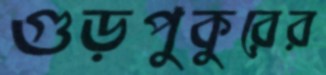
গুড়পুকুরের